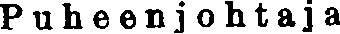
Puheenjohtaja.